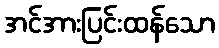
အင်အားပြင်းထန်သော